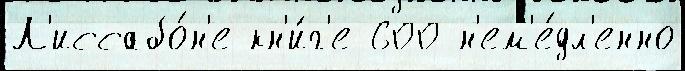
Л'иссабо́н'е кн'и́г'е 600 н'ем'е́дл'енно